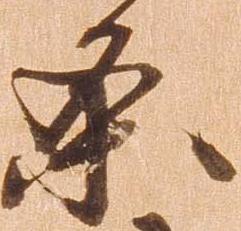
条